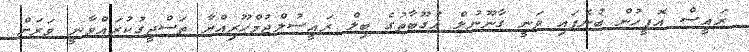
ރައީސް އޮފީހުން ބުނެފައި ވަނީ ގާނޫނުލް އުގޫބާތުގެ ބިލް ރައީސުލްޖުމްހޫރިއްޔާ ތަސްދީގުކުރައްވާނީ ވަރަށް